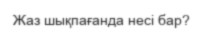
Жаз шықпағанда несі бар?